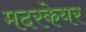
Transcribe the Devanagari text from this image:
मदरकेयर